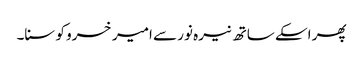
پھر اسکے ساتھ نیرہ نور سے امیر خسرو کو سنا۔